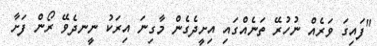
"ފައިގަ ވަރެއް ނުހުރޭ ތަނެއްގައި އިށީދެގެން މާގިނަ އިރަކު ނީނދެވޭ ރޯން ފަށާ